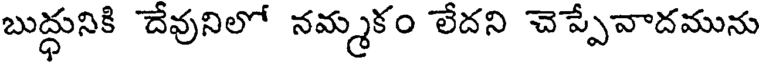
బుద్ధునికి దేవునిలో నమ్మకం లేదని చెప్పేవాదమును